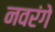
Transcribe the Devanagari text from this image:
नवरंगे